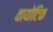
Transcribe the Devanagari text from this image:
वायोटिक